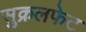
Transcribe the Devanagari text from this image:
सुक्रलफेट